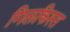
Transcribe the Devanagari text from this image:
गिलकिस्त